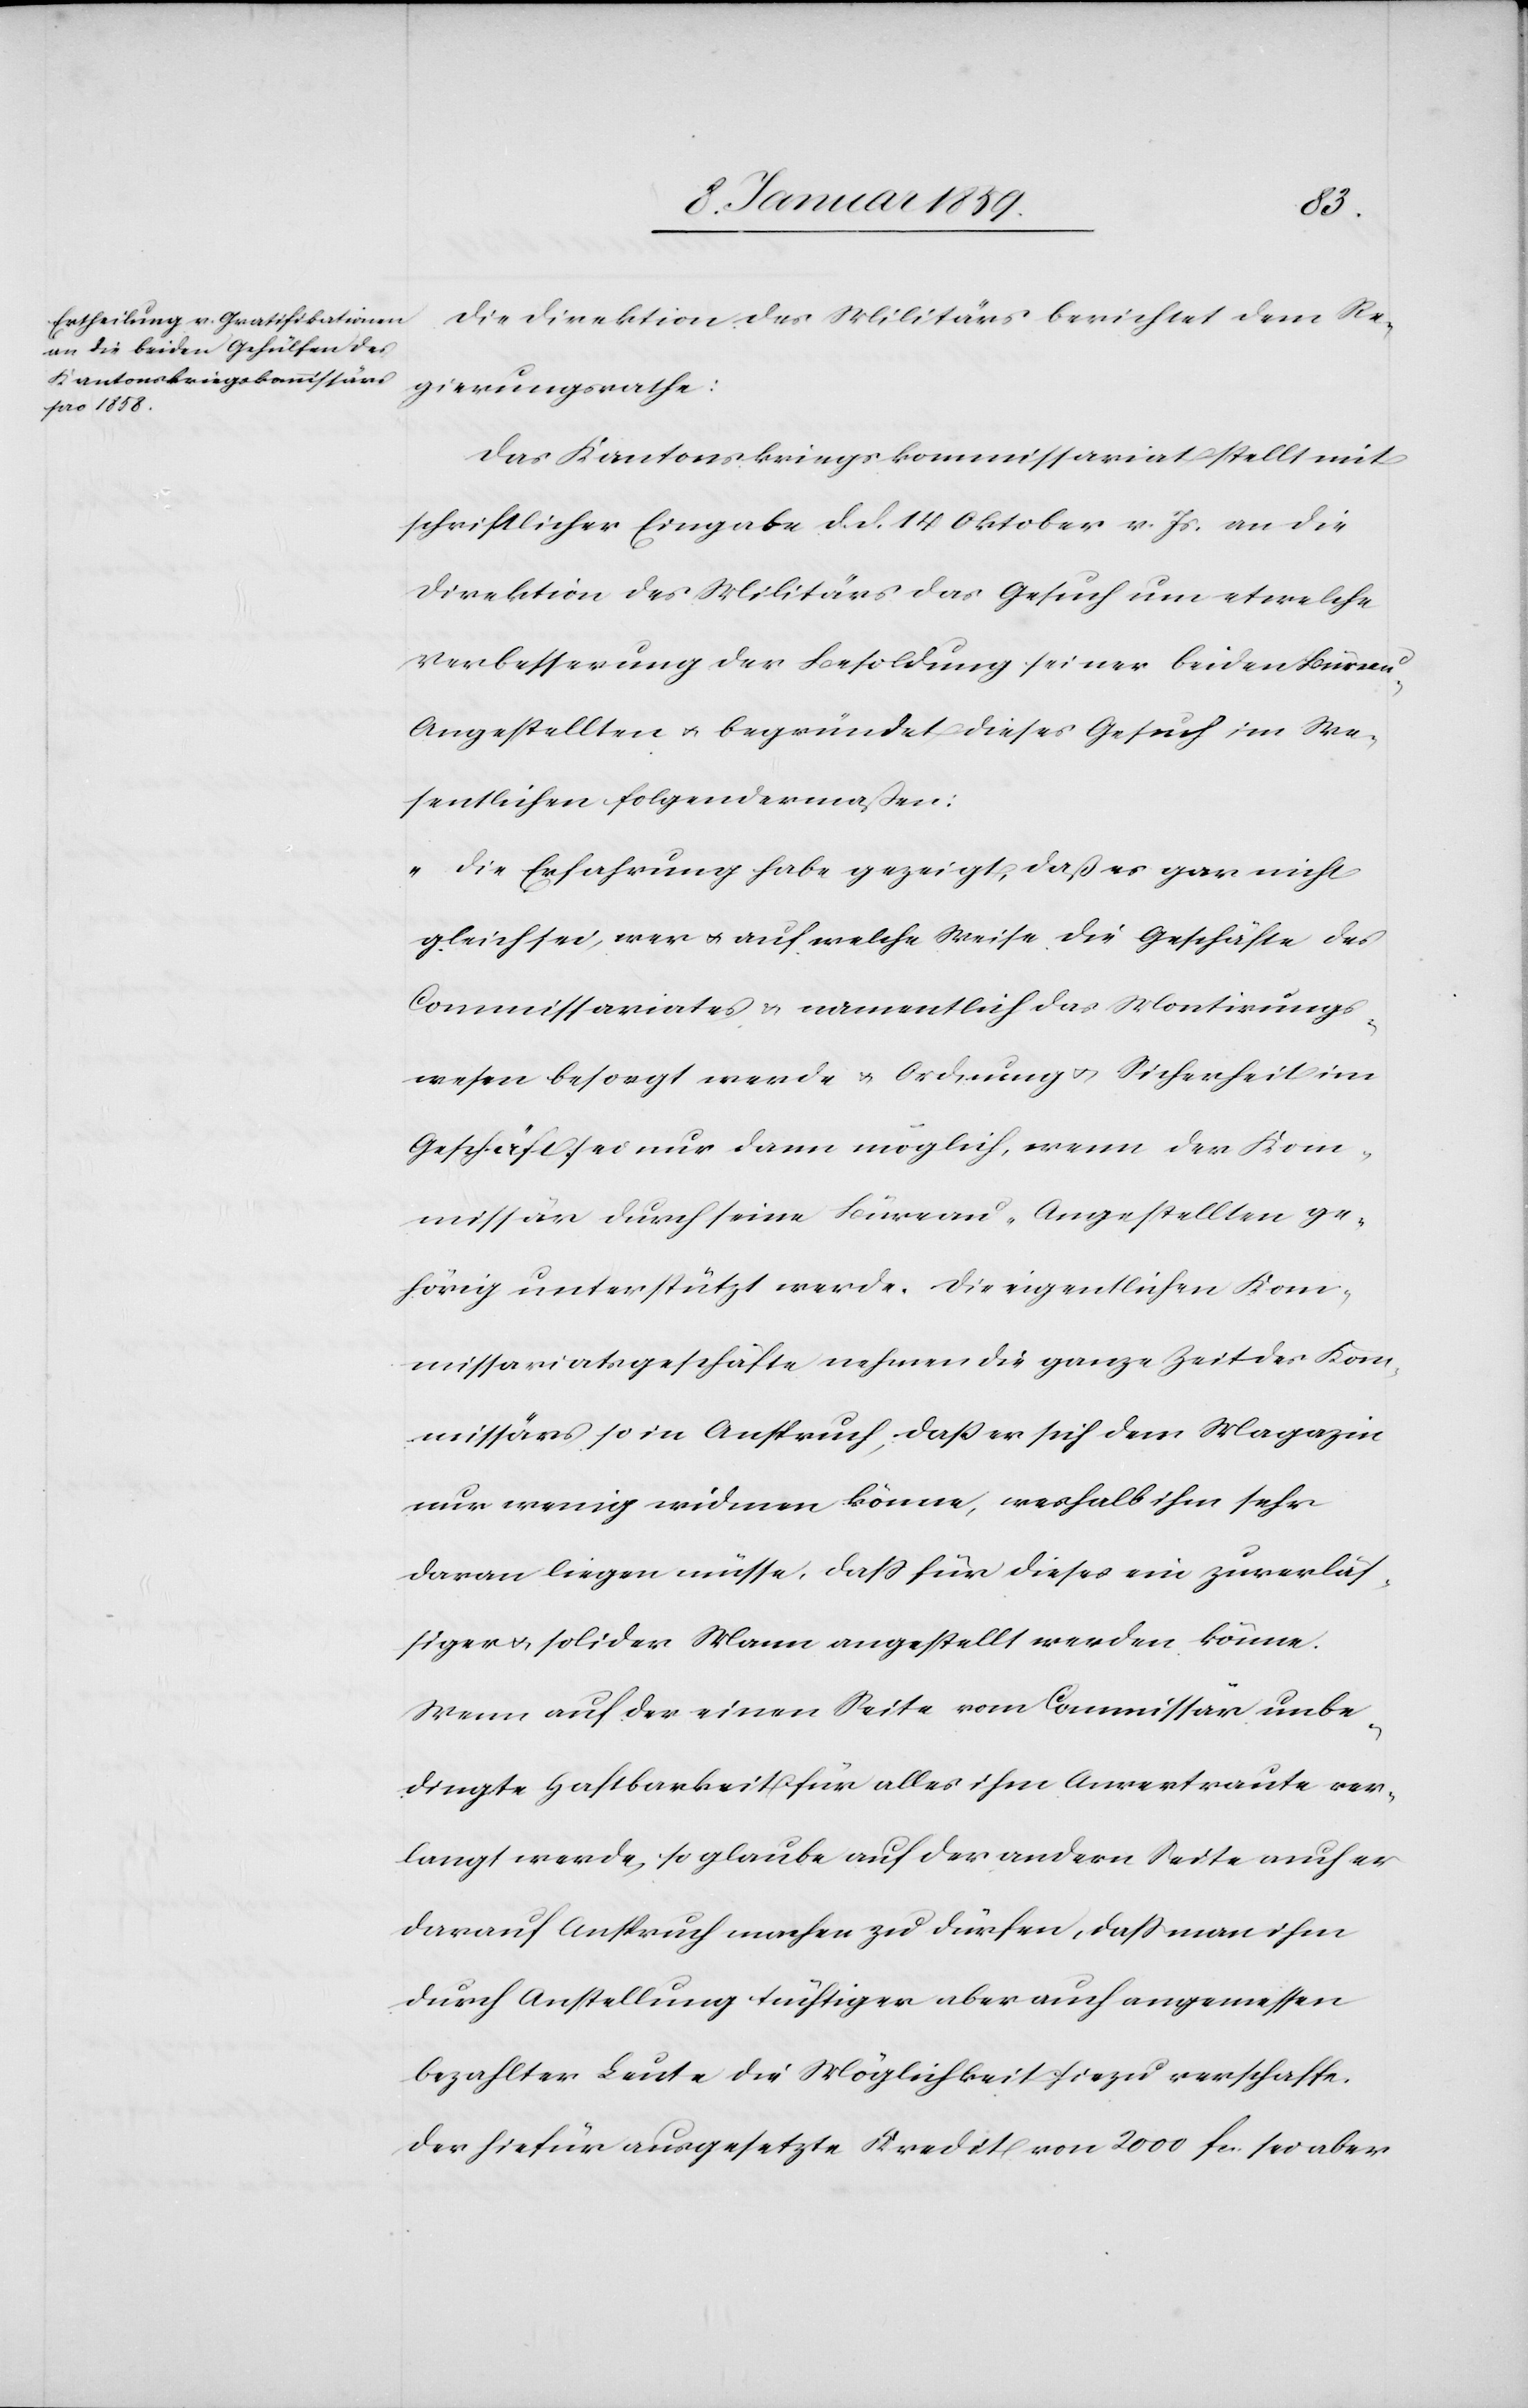
Die Direktion des Militärs berichtet dem Re¬
gierungsrathe:
Das Kantonskriegskommissariat stellt mit
schriftlicher Eingabe d. d. 14 Oktober v. Js. an die
Direktion des Militärs das Gesuch um etwelche
Verbesserung der Besoldung seiner beiden Bürea¬
u-Angestellten u. begründet dieses Gesuch im We¬
sentlichen folgendermaßen:
„Die Erfahrung habe gezeigt, daß es gar nicht
gleich sei, wer u. auf welche Weise die Geschäfte des
Commissariates u. namentlich das Montirungs¬
wesen besorgt werde u. Ordnung u. Sicherheit im
Geschäft sei nur dann möglich, wenn der Kom¬
missär durch seine Büreau-Angestellten ge¬
hörig unterstützt werde. Die eigentlichen Kom¬
missariatsgeschäfte nehmen die ganze Zeit des Kom¬
missärs so in Anspruch, daß er sich dem Magazin
nur wenig widmen könne, weshalb ihm sehr
daran liegen müsse, daß für dieses ein zuverläs¬
siger u. solider Mann angestellt werden könne.
Wenn auf der einen Seite vom Commissar unbe¬
dingte Haftbarkeit für alles ihm Anvertraute ver¬
langt werde, so glaube auf der andern Seite auch er
darauf Anspruch machen zu dürfen, daß man ihm
durch Anstellung tüchtiger aber auch angemessen
bezahlter Leute die Möglichkeit hiezu verschaffe.
Der hiefür ausgesetzte Kredit von 2000 fcs. sei aber